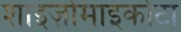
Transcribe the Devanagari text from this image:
शाइज़ोमाइकोटा